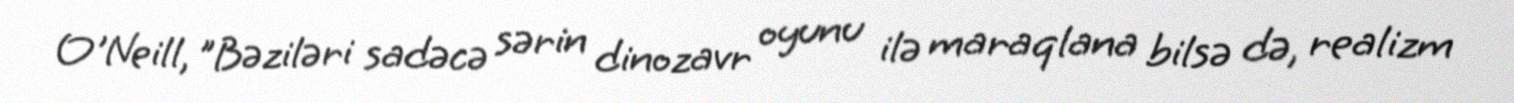
O'Neill, "Bəziləri sadəcə sərin dinozavr oyunu ilə maraqlana bilsə də, realizm